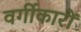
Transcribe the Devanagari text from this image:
वर्गीकारों